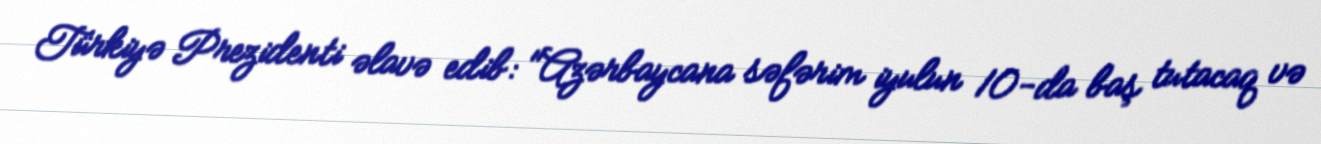
Türkiyə Prezidenti əlavə edib: "Azərbaycana səfərim iyulun 10-da baş tutacaq və